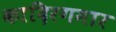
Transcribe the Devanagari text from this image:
कादिरगमार